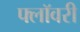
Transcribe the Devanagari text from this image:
फ्लॉवरी